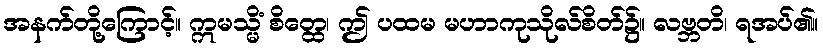
အနက်တို့ကြောင့်။ ဣမသ္မိံ စိတ္ထေ၊ ဤ ပထမ မဟာကုသိုလ်စိတ်၌။ လဗ္ဘတိ၊ ရအပ်၏။